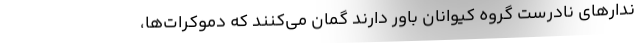
ندارهای نادرست گروه کیواِنان باور دارند گمان می‌کنند که دموکرات‌ها،